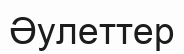
Әулеттер